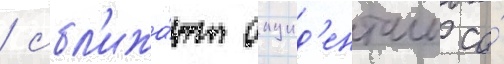
/ сбл'ижа́ют окцид'енталь со́